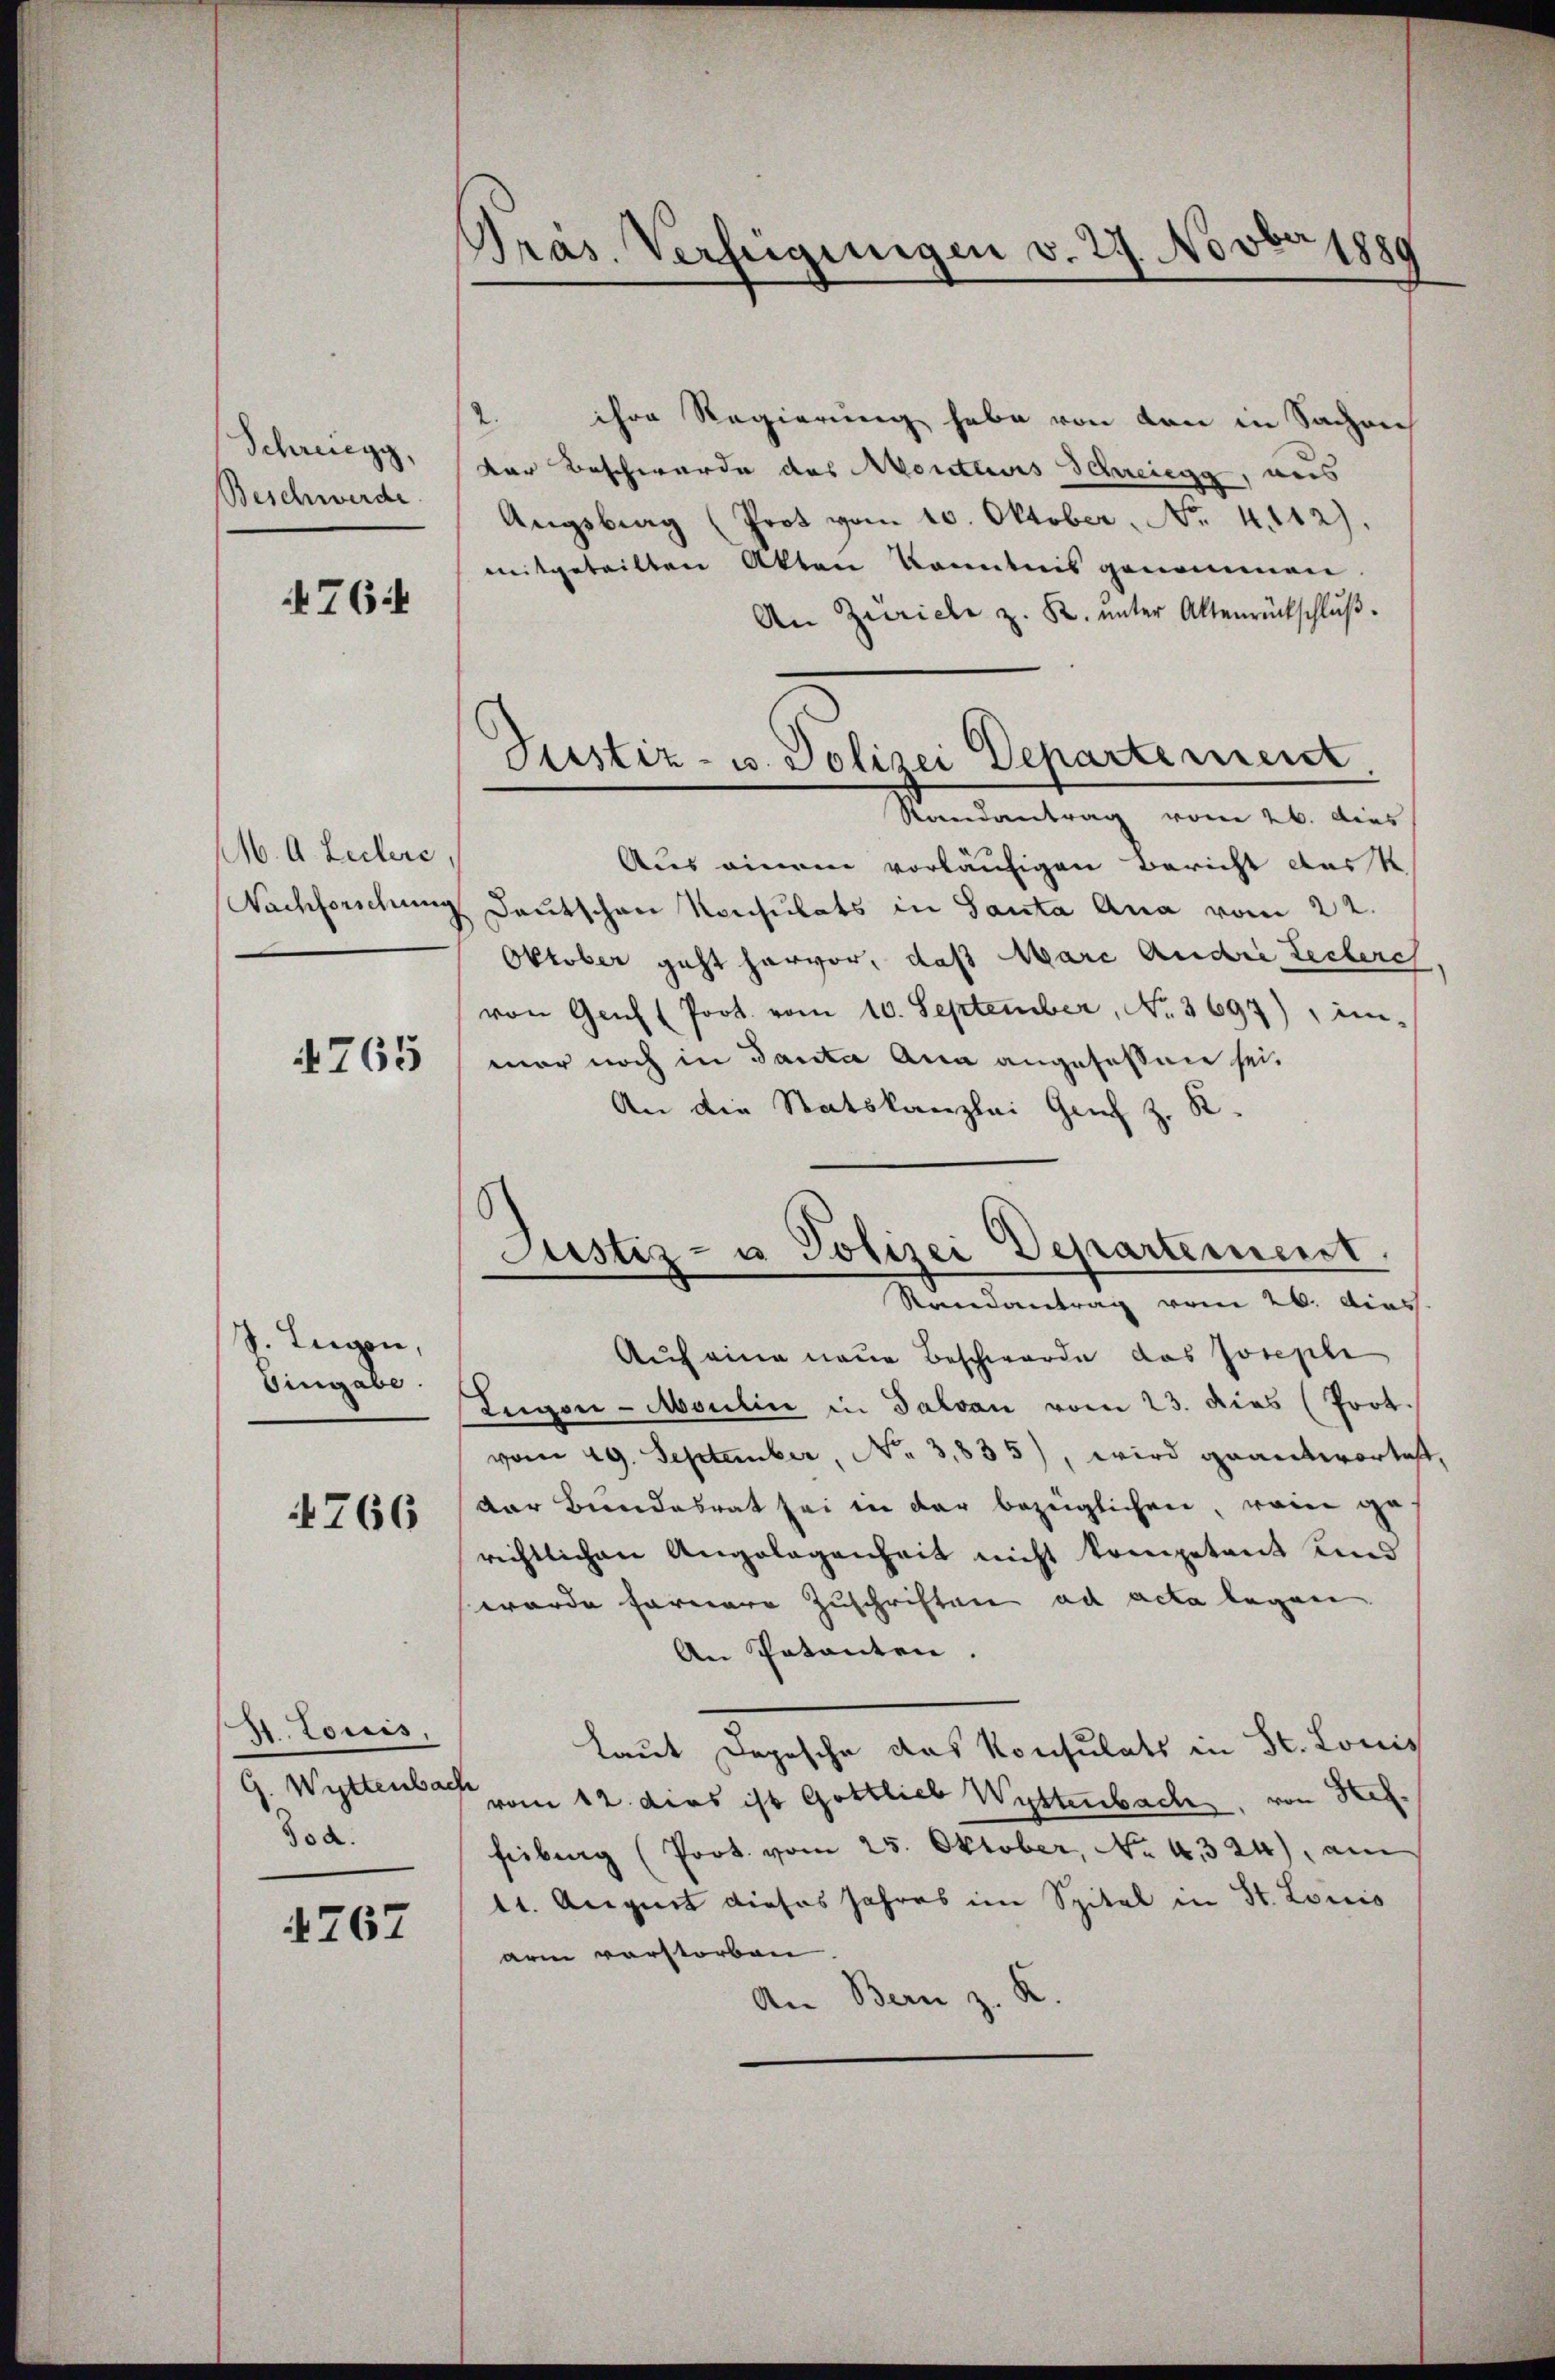
Schreiegg,
Beschwerde

764

M. A. Lectere,
Nachforschun

4765

S. Eugen,
Eingabe.

4766

St. Louis,
G. Wyttenbar
dod.

767

Pras. Verfügungen v. 27. Novbr 1880

1. ihre Regierung habe von den in Sachrich
Der Beschwerde des Monteurs Schreiegg, aus
Augsbrag (Prot vom 10. Oktober, No. 4112).
mitgeteilten Akten konntnis genommen.
An Zürich z. K. ŭnter Altenrückschlŭβ.
e
Randantrag vom 26. dies
Aus einem vorläufigen Bericht ausst
Deutschen Konsulats in Santa Ana vom 22.
Oktober geht hervor, daß Marc Andre Lecherch
von Genf (Prot. vom 10. September, No. 3697), in-
mor noch in Tanta Ana angesessene sei¬
An die Statskanzlei Geich z. R.
Justiz- u Polizei Departement.
Randantrag vom 26. dies
Auf eine neue Beschwerde das Josephi
Eugon-Moulin in Salvan vom 23. dies (Prot.
vom 29. September, No 3,835), wird geantwortest
dar Bundesrat sei in der bezüglichen, vom ge
richtlichen Angelegenheit nicht kompetent und
wurde fernere Zuschriften ad acta legen.
An Patenten,
Laut Depesche das Konsulats in St. Louis
vom 12. dies ist Gottlieb Wyttenbach, von Hef
feibung (Poot. vom 25. Oktober, No. 4324), am
11. August dieses Jahres im Spital in St. Louis
arm vorstorben
An Bern z. K.

Justiz- u. Polizei Departement